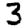
Digit: 3